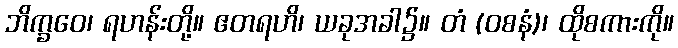
ဘိက္ခဝေ၊ ရဟန်းတို့။ ဧတရဟိ၊ ယခုအခါ၌။ တံ (ဝစနံ)၊ ထိုစကားကို။